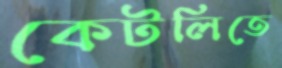
কেটলিতে